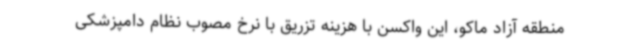
منطقه آزاد ماکو، این واکسن با هزینه تزریق با نرخ مصوب نظام دامپزشکی